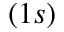
( 1 s )